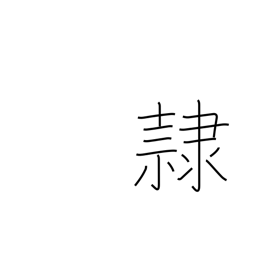
Meaning: slave